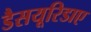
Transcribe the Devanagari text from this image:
डैसयूरिडाए